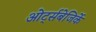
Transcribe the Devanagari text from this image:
ओर्ट्सबेजिर्के